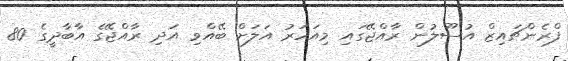
ފްރެންޗައިޒް އުސޫލުން ރާއްޖޭގައި މިއަހަރު އަލަށް ބޭއްވި އަދި ރާއްޖޭގެ އާބާދީގެ 80